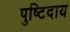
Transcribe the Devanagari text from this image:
पुष्टिदाय